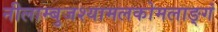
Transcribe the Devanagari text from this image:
नीलाम्बुजश्यामलकोमलाङ्गं